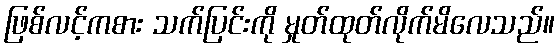
ဖြစ်လင့်ကစား သက်ပြင်းကို မှုတ်ထုတ်လိုက်မိလေသည်။